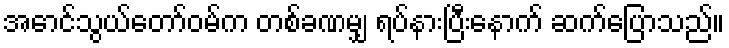
အောင်သွယ်တော်ဝမ်က တစ်ခဏမျှ ရပ်နားပြီးနောက် ဆက်ပြောသည်။